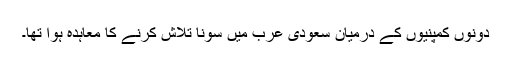
دونوں کمپنیوں کے درمیان سعودی عرب میں سونا تلاش کرنے کا معاہدہ ہوا تھا۔